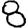
Digit: 8